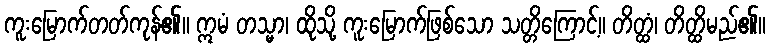
ကူးမြောက်တတ်ကုန်၏။ ဣမံ တသ္မာ၊ ထိုသို့ ကူးမြောက်ဖြစ်သော သတ္တိကြောင့်။ တိတ္ထံ၊ တိတ္ထိမည်၏။